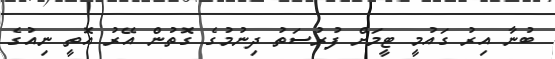
ބުނާ އިރު ގައުމީ ޓީމަށް ފުރުސަތު ދިނުމުގެ ގޮތުން އޭރު އޮތީ ނިއުގެ